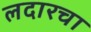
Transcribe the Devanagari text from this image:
लदारचा